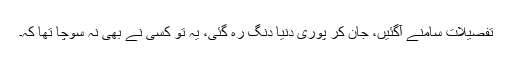
تفصیلات سامنے آگئیں، جان کر پوری دنیا دنگ رہ گئی، یہ تو کسی نے بھی نہ سوچا تھا کہ۔